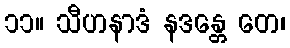
၁၁။ သီဟနာဒံ နဒန္တေ တေ၊